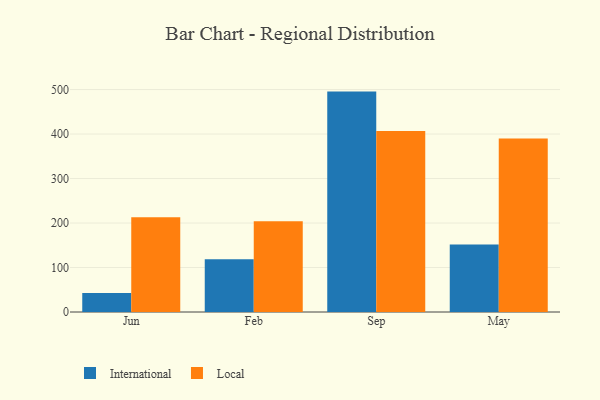
{"axis": {"x": "Month", "y": "LTV (USD)"}, "legend": ["International", "Local"], "data": [{"x": "Jun", "y": 42.5, "type": "International"}, {"x": "Jun", "y": 212.9, "type": "Local"}, {"x": "Feb", "y": 118.5, "type": "International"}, {"x": "Feb", "y": 203.9, "type": "Local"}, {"x": "Sep", "y": 495.4, "type": "International"}, {"x": "Sep", "y": 406.9, "type": "Local"}, {"x": "May", "y": 151.7, "type": "International"}, {"x": "May", "y": 390.2, "type": "Local"}]}